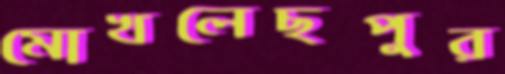
মোখলেছপুর